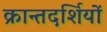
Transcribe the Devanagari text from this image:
क्रान्तदर्शियों